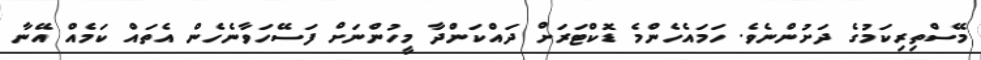
މޭސްތިރިކަމުގެ ދަށުންނެވެ. ހަމައެހެންމެ ޑޮކްޓަރަށް ދައްކަންދާ މީހުންނަށް ފަސޭހަވާނެހެން އެތައް ކަމެއް އޭނާ